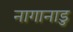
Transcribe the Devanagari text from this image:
नागानाडु